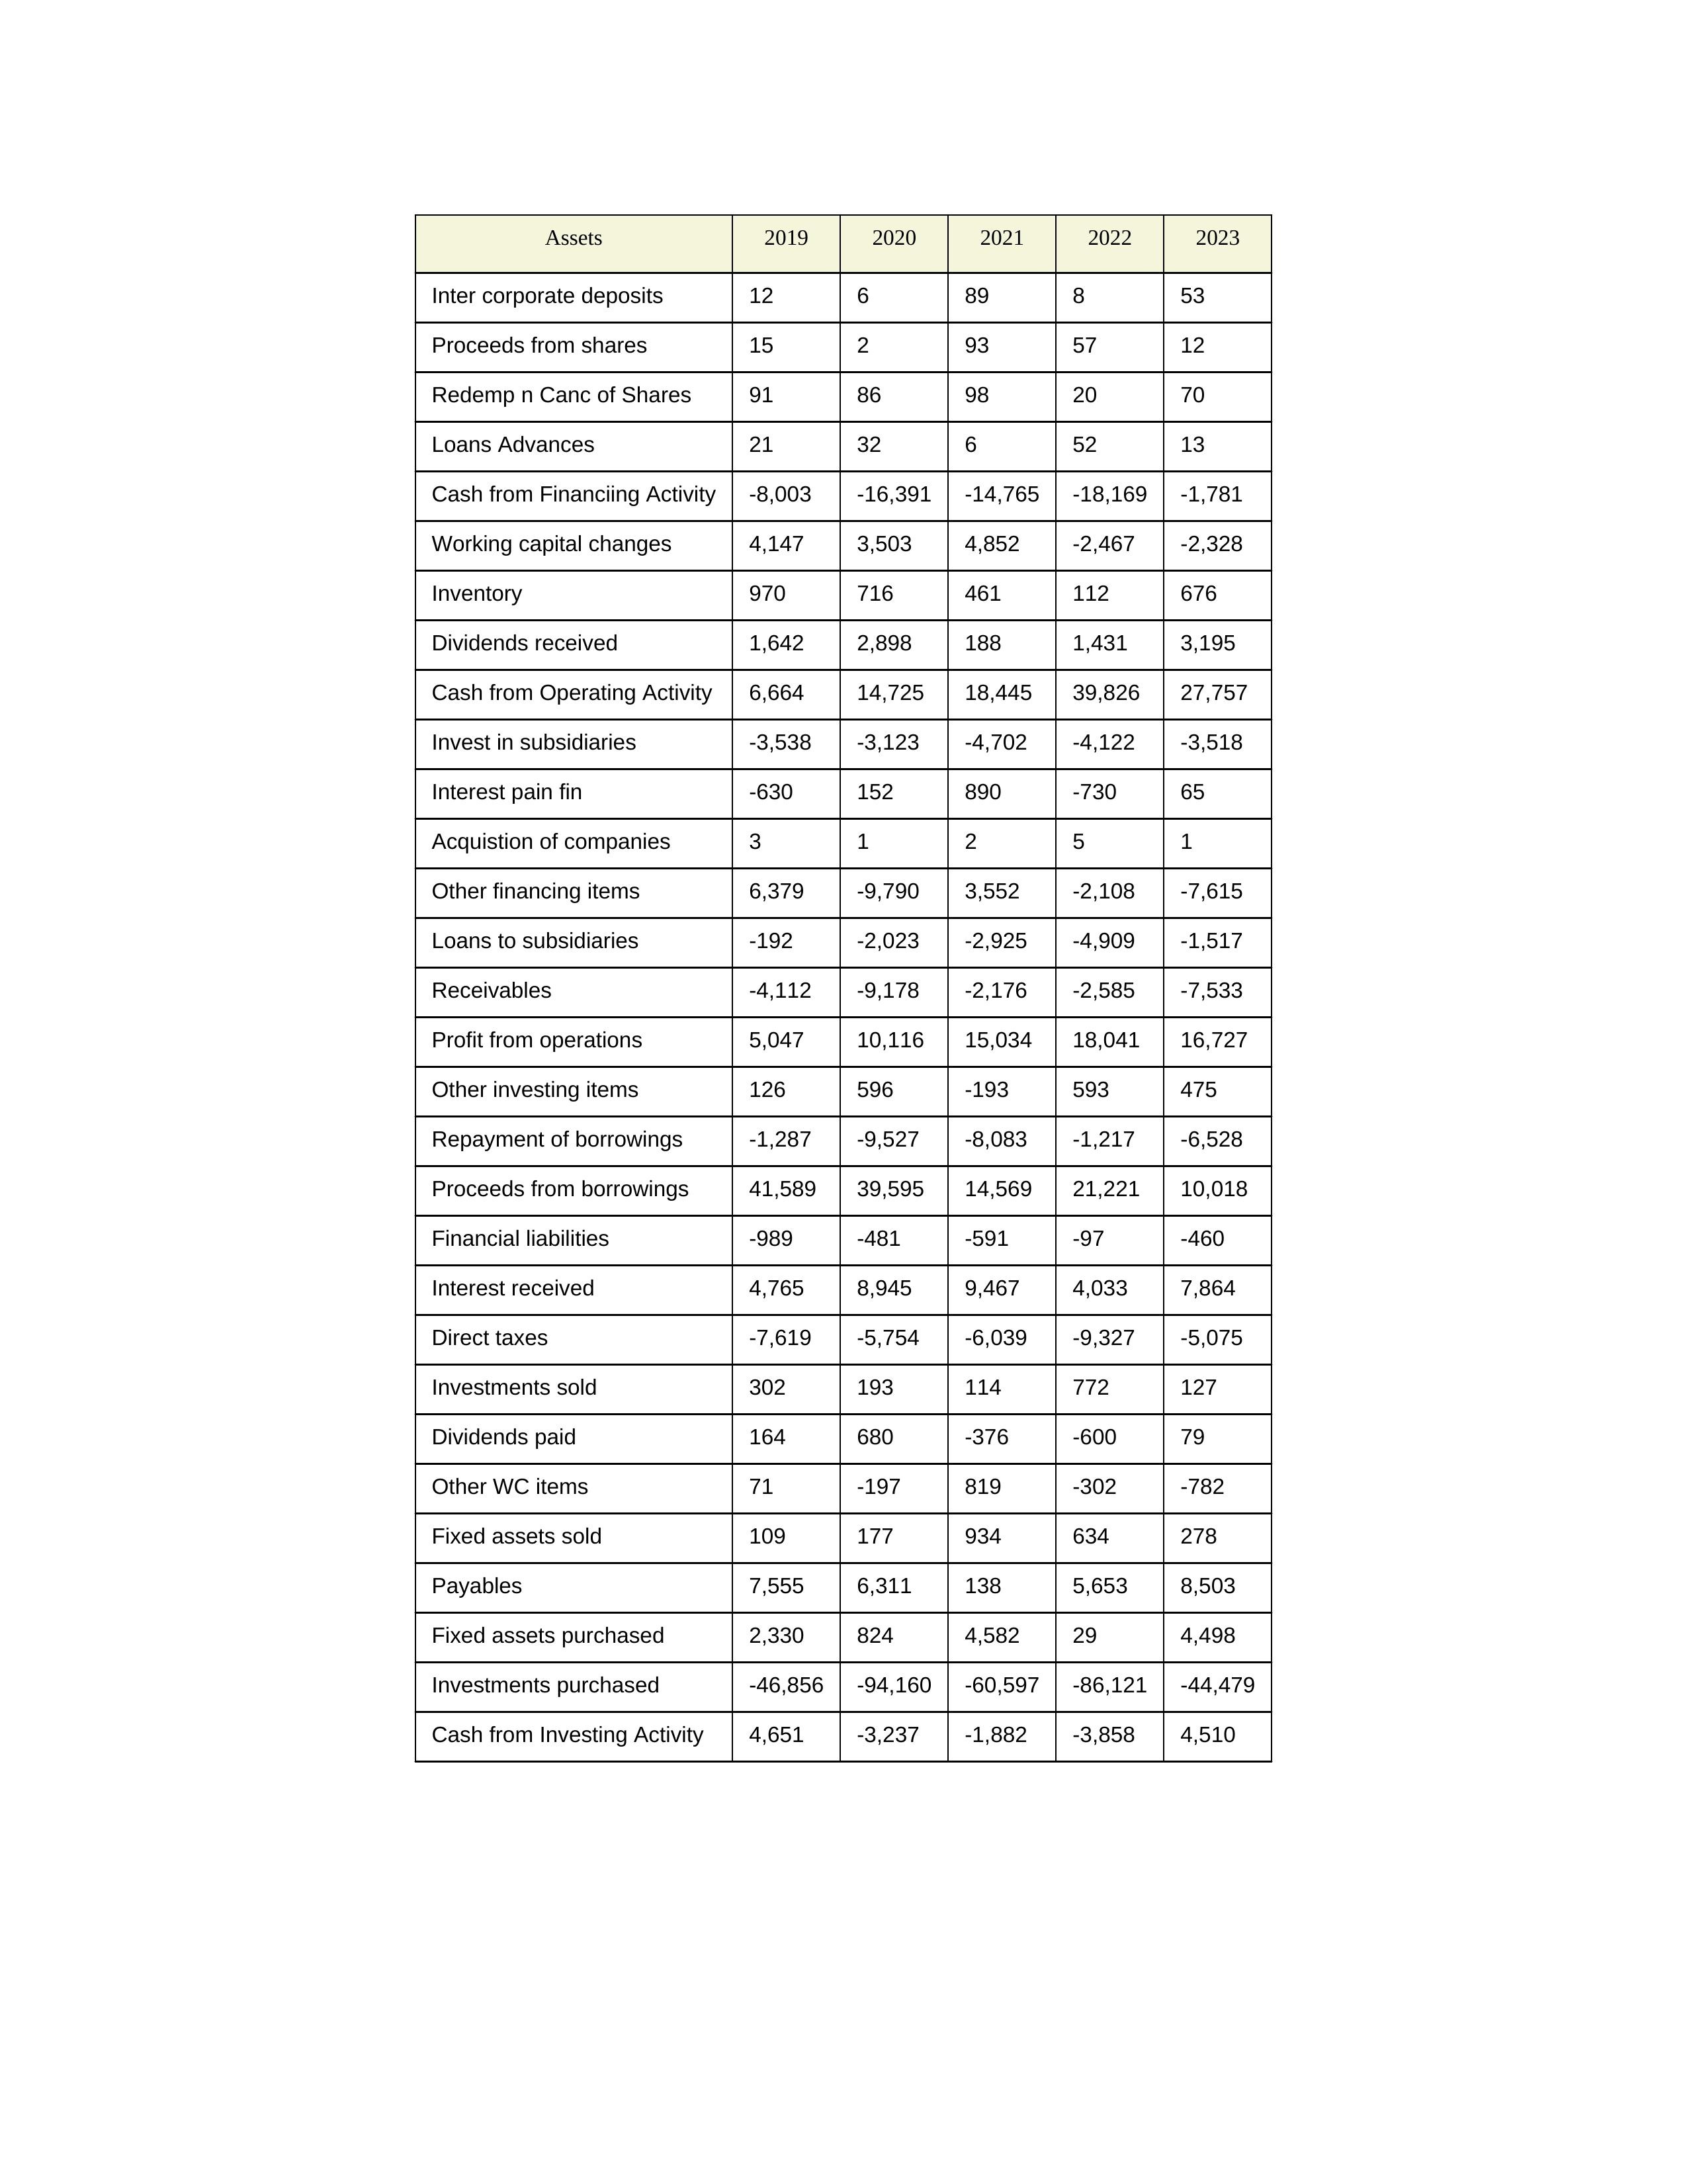
gt_parse: 2019: Cash from Operating Activity: 6,664
Profit from operations: 5,047
Receivables: -4,112
Inventory: 970
Payables: 7,555
Loans Advances: 21
Other WC items: 71
Working capital changes: 4,147
Direct taxes: -7,619
Cash from Investing Activity: 4,651
Fixed assets purchased: 2,330
Fixed assets sold: 109
Investments purchased: -46,856
Investments sold: 302
Interest received: 4,765
Dividends received: 1,642
Invest in subsidiaries: -3,538
Loans to subsidiaries: -192
Redemp n Canc of Shares: 91
Acquistion of companies: 3
Inter corporate deposits: 12
Other investing items: 126
Cash from Financiing Activity: -8,003
Proceeds from shares: 15
Proceeds from borrowings: 41,589
Repayment of borrowings: -1,287
Interest pain fin: -630
Dividends paid: 164
Financial liabilities: -989
Other financing items: 6,379
2020: Cash from Operating Activity: 14,725
Profit from operations: 10,116
Receivables: -9,178
Inventory: 716
Payables: 6,311
Loans Advances: 32
Other WC items: -197
Working capital changes: 3,503
Direct taxes: -5,754
Cash from Investing Activity: -3,237
Fixed assets purchased: 824
Fixed assets sold: 177
Investments purchased: -94,160
Investments sold: 193
Interest received: 8,945
Dividends received: 2,898
Invest in subsidiaries: -3,123
Loans to subsidiaries: -2,023
Redemp n Canc of Shares: 86
Acquistion of companies: 1
Inter corporate deposits: 6
Other investing items: 596
Cash from Financiing Activity: -16,391
Proceeds from shares: 2
Proceeds from borrowings: 39,595
Repayment of borrowings: -9,527
Interest pain fin: 152
Dividends paid: 680
Financial liabilities: -481
Other financing items: -9,790
2021: Cash from Operating Activity: 18,445
Profit from operations: 15,034
Receivables: -2,176
Inventory: 461
Payables: 138
Loans Advances: 6
Other WC items: 819
Working capital changes: 4,852
Direct taxes: -6,039
Cash from Investing Activity: -1,882
Fixed assets purchased: 4,582
Fixed assets sold: 934
Investments purchased: -60,597
Investments sold: 114
Interest received: 9,467
Dividends received: 188
Invest in subsidiaries: -4,702
Loans to subsidiaries: -2,925
Redemp n Canc of Shares: 98
Acquistion of companies: 2
Inter corporate deposits: 89
Other investing items: -193
Cash from Financiing Activity: -14,765
Proceeds from shares: 93
Proceeds from borrowings: 14,569
Repayment of borrowings: -8,083
Interest pain fin: 890
Dividends paid: -376
Financial liabilities: -591
Other financing items: 3,552
2022: Cash from Operating Activity: 39,826
Profit from operations: 18,041
Receivables: -2,585
Inventory: 112
Payables: 5,653
Loans Advances: 52
Other WC items: -302
Working capital changes: -2,467
Direct taxes: -9,327
Cash from Investing Activity: -3,858
Fixed assets purchased: 29
Fixed assets sold: 634
Investments purchased: -86,121
Investments sold: 772
Interest received: 4,033
Dividends received: 1,431
Invest in subsidiaries: -4,122
Loans to subsidiaries: -4,909
Redemp n Canc of Shares: 20
Acquistion of companies: 5
Inter corporate deposits: 8
Other investing items: 593
Cash from Financiing Activity: -18,169
Proceeds from shares: 57
Proceeds from borrowings: 21,221
Repayment of borrowings: -1,217
Interest pain fin: -730
Dividends paid: -600
Financial liabilities: -97
Other financing items: -2,108
2023: Cash from Operating Activity: 27,757
Profit from operations: 16,727
Receivables: -7,533
Inventory: 676
Payables: 8,503
Loans Advances: 13
Other WC items: -782
Working capital changes: -2,328
Direct taxes: -5,075
Cash from Investing Activity: 4,510
Fixed assets purchased: 4,498
Fixed assets sold: 278
Investments purchased: -44,479
Investments sold: 127
Interest received: 7,864
Dividends received: 3,195
Invest in subsidiaries: -3,518
Loans to subsidiaries: -1,517
Redemp n Canc of Shares: 70
Acquistion of companies: 1
Inter corporate deposits: 53
Other investing items: 475
Cash from Financiing Activity: -1,781
Proceeds from shares: 12
Proceeds from borrowings: 10,018
Repayment of borrowings: -6,528
Interest pain fin: 65
Dividends paid: 79
Financial liabilities: -460
Other financing items: -7,615